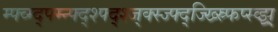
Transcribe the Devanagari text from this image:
म्फ्व्म्द्फ्म्न्फ्द्श्फ्द्श्ज्क्स्ज्फ्द्ज्ख्स्र्फिप्स्व्झ्र्